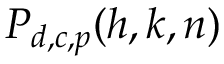
P _ { d , c , p } ( h , k , n )